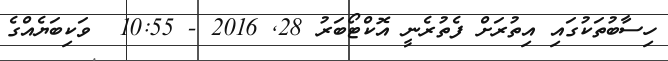
ހިސާބުތަކުގައި އިތުރަށް ފެތުރެނީ އޮކްޓޯބަރު 28